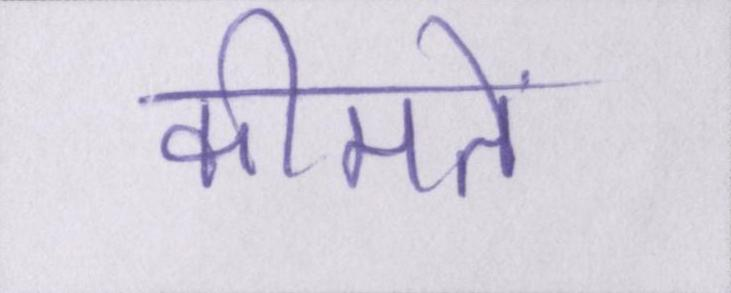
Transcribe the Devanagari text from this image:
कीमतें